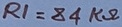
Text: R1=84KΩ